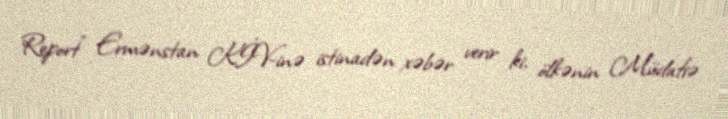
Report" Ermənstan KİV-inə istinadən xəbər verir ki, ölkənin Müdafiə